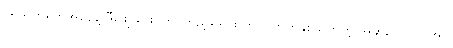
ပရိသတ်တွေအနေနဲ့ ဒီဖျော်ဖြေပွဲကို ကြည့်ရှုရင်း ကိုယ်ကြိုက်နှစ်သက်တဲ့ အဆိုတော်ကို အပ